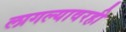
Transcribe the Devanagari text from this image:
लागल्यावरही